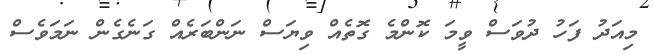
މިއަދު ފަހު ދުވަސް ވީމަ ކޮންމެ ގޮތެއް ވިޔަސް ނަންބަރެއް ގަނެގެން ނަމަވެސް